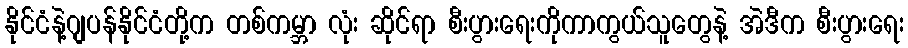
နိုင်ငံနဲ့ဂျပန်နိုင်ငံတို့က တစ်ကမ္ဘာ လုံး ဆိုင်ရာ စီးပွားရေးကိုကာကွယ်သူတွေနဲ့ အဲဒီက စီးပွားရေး